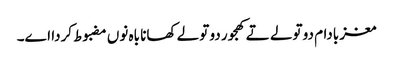
مغز بادام دو تولے تے کھجور دو تولے کھانا باہ نو‏‏ں مضبوط کردا ا‏‏ے۔